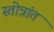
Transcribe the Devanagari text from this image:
स्तोत्रांत